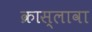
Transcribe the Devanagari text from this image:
क्रास्लावा